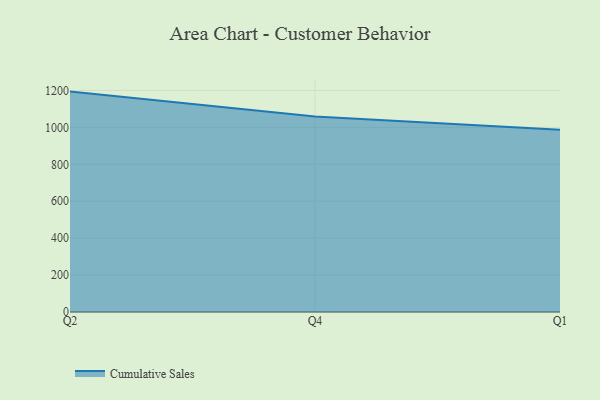
{"axis": {"x": "Quarter", "y": "Tickets Resolved"}, "legend": ["Cumulative Sales"], "data": [{"x": "Q2", "y": 1193.8, "type": "Cumulative Sales"}, {"x": "Q4", "y": 1058.9, "type": "Cumulative Sales"}, {"x": "Q1", "y": 987.8, "type": "Cumulative Sales"}]}